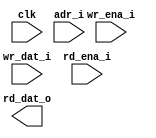
module ram_sp_be_128x64 (
  // global
  clk         ,
  // address
  adr_i       ,
  // write
  wr_ena_i    ,
  wr_dat_i    ,
  // read
  rd_ena_i    ,
  rd_dat_o
);

//*** PARAMETER ****************************************************************


//*** INPUT/OUTPUT *************************************************************

  // global
  input               clk         ;
  // address
  input  [7 -1 :0]    adr_i       ;
  // write
  input  [64-1 :0]    wr_ena_i    ;
  input  [64-1 :0]    wr_dat_i    ;
  // read
  input               rd_ena_i    ;
  output [64-1 :0]    rd_dat_o    ;


//*** WIRE/REG *****************************************************************


//*** MAIN BODY ****************************************************************

  wire  [64-1 :0]    wr_ena_w    ;
  assign wr_ena_w   = ~wr_ena_i  ;

`ifdef RTL_MODEL

  sram_sp_be_behave #(
    .ADR_WD    ( 7           ),
    .DAT_WD    ( 64          ),
    .COL_WD    ( 1           )
  ) sram_sp_be_behave(
    .clk       ( clk         ),
    .adr       ( adr_i       ),
    .wr_ena    ( wr_ena_i    ), // high active
    .wr_dat    ( wr_dat_i    ),
    .rd_ena    ( rd_ena_i    ),
    .rd_dat    ( rd_dat_o    )
    );

`endif

`ifdef XM_MODEL 
  rfsphsdm_128x64  u_rfsphsdm_128x64(
    .Q         ( rd_dat_o    ),
    .CLK       ( clk         ),
    .CEN       ( 1'b0        ),
    .GWEN      ( rd_ena_i    ),
    .WEN       ( wr_ena_w    ), // low active
    .A         ( adr_i       ),
    .D         ( wr_dat_i    ),
    .EMA       ( 3'b1        ),
    .EMAW      ( 2'b0        ),
    .EMAS      ( 1'b0        ),
    .RET1N     ( 1'b1        )
    );
`endif 

endmodule